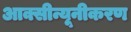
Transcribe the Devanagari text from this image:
आक्सीन्यूनीकरण